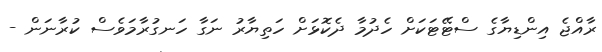
ރާއްޖެ އިންޑިޔާގެ ސްޓޭޓަކަށް ހެދުމާ ދެކޮޅަށް ހަތިޔާރު ނަގާ ހަނގުރާމަވެސް ކުރާނަން -